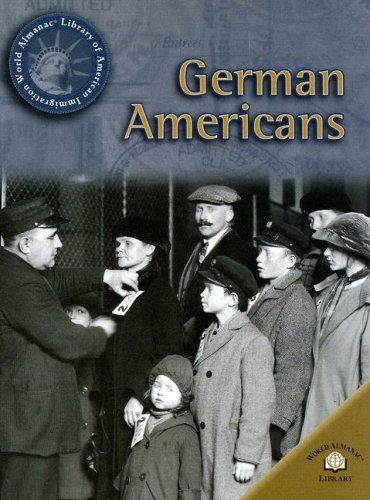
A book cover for German Americans (World Almanac Library of American Immigration); Michael V. Uschan; Children's Books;